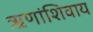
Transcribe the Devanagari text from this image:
ऋणांशिवाय